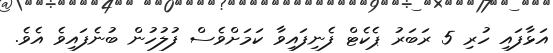
އަޅާފައި ހުރި 5 ރަބަރު ޕެކެޓް ފެނިފައިވާ ކަމަށްވެސް ފުލުހުން ބުނެފައިވެ އެވެ.